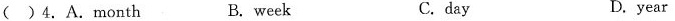
( )4.A.month B. week C.day D.year